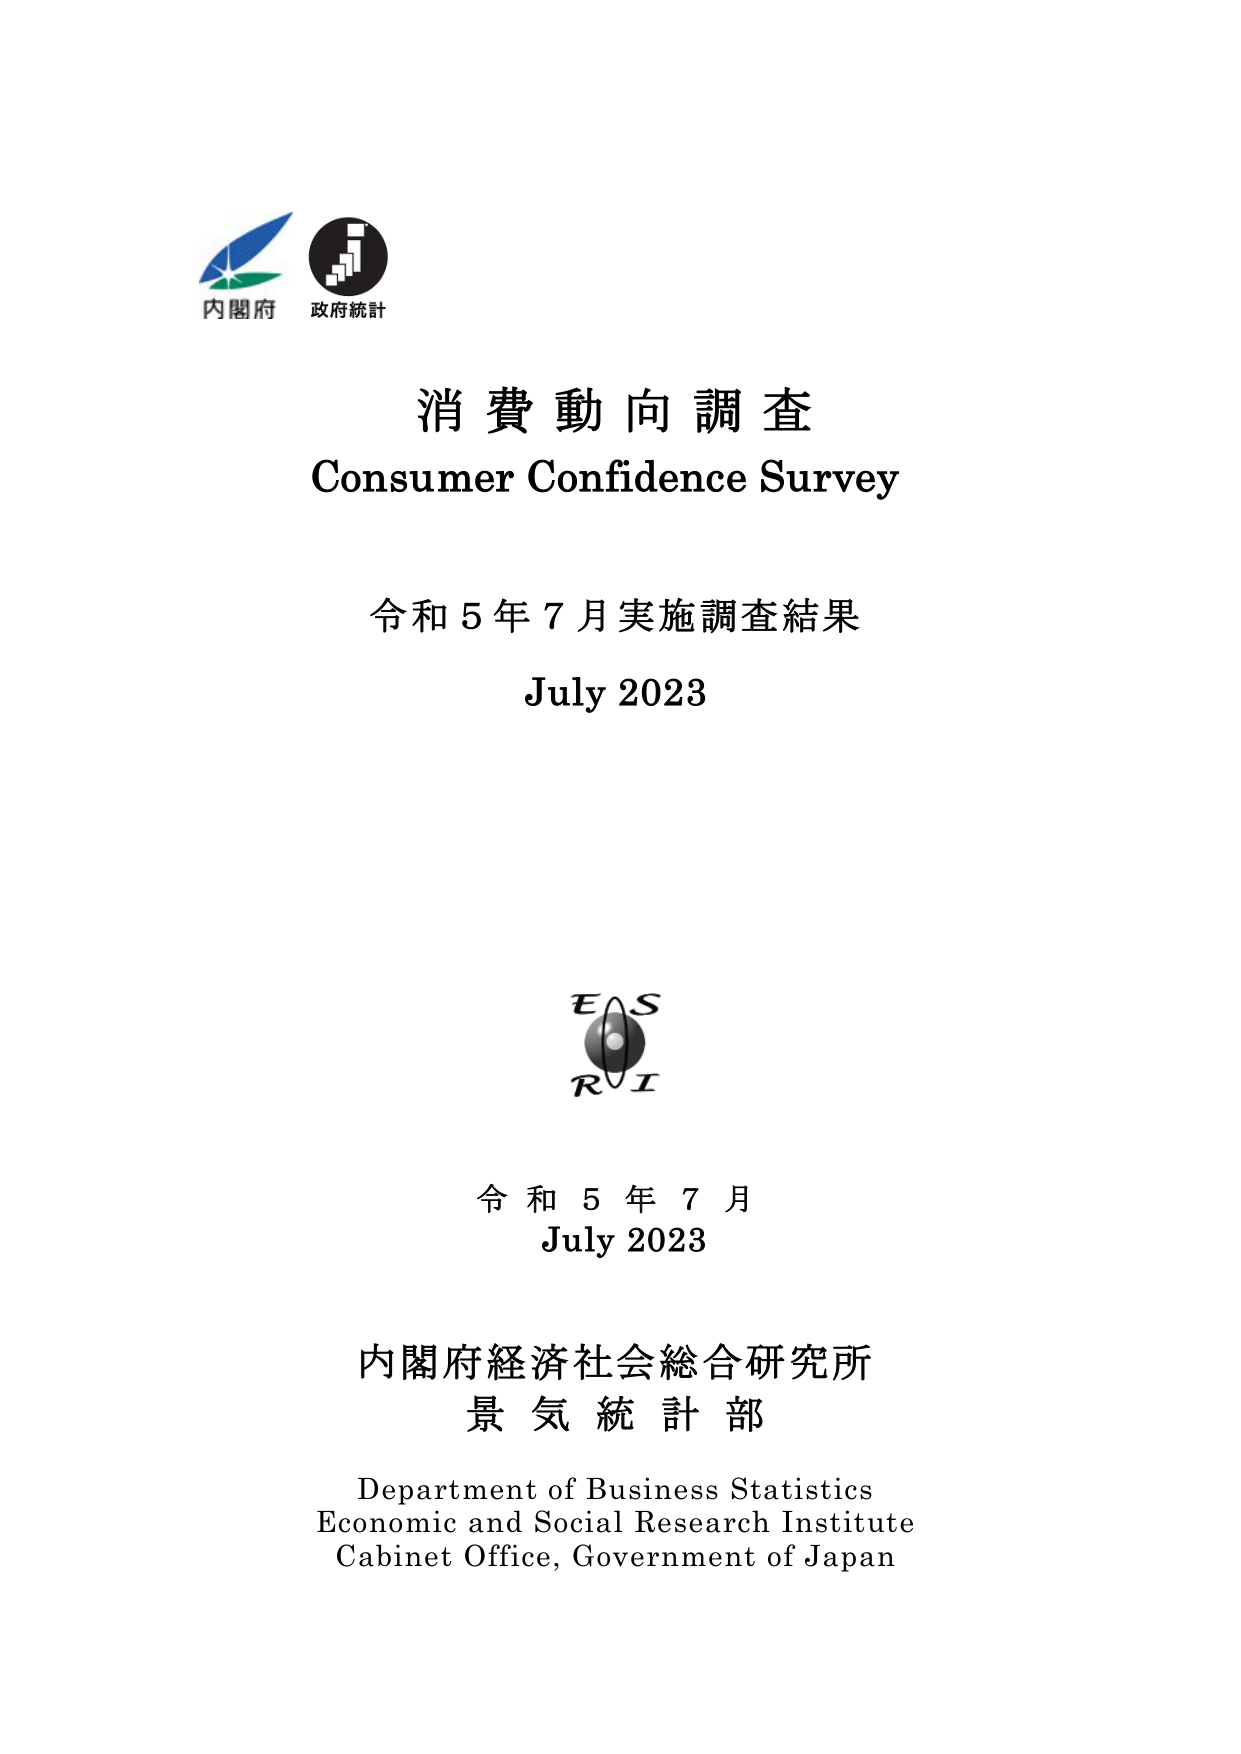
内閣府
政府統計

消費動向調査
Consumer Confidence Survey

令和5年7月実施調査結果
July 2023

E S
R I

令和5年7月
July 2023

内閣府経済社会総合研究所
景気統計部

Department of Business Statistics
Economic and Social Research Institute
Cabinet Office, Government of Japan